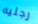
رجليه